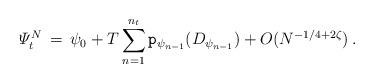
LaTeX: \begin{align*} \varPsi^N_t\, =\,\psi_0+ T \sum_{n=1}^{n_t} \mathtt{p}_{\psi_{n-1}}(D_{\psi_{n-1}})+O(N^{-1/4+2\zeta})\, .\end{align*}